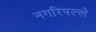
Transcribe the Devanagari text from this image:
नगरिपल्ले